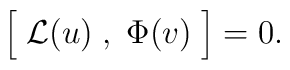
\Bigl[\;{\cal L}(u)\; ,\;\Phi(v)\;\Bigr]=0.